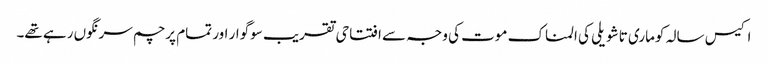
اکیس سالہ کوماری تاشویلی کی المناک موت کی وجہ سے افتتاحی تقریب سوگوار اور تمام پرچم سرنگوں رہے تھے۔